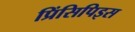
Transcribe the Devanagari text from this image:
प्रिंसिपिइस